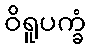
ဝိရူပက္ခံ